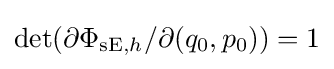
\det(\partial \Phi _{{\mathrm {sE} },h}/\partial (q_{0},p_{0}))=1